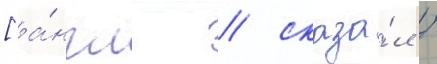
[а́нгл. / сказа́л /